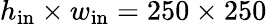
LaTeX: h_{\mathrm{in}}\times w_{\mathrm{in}}=250\times 250